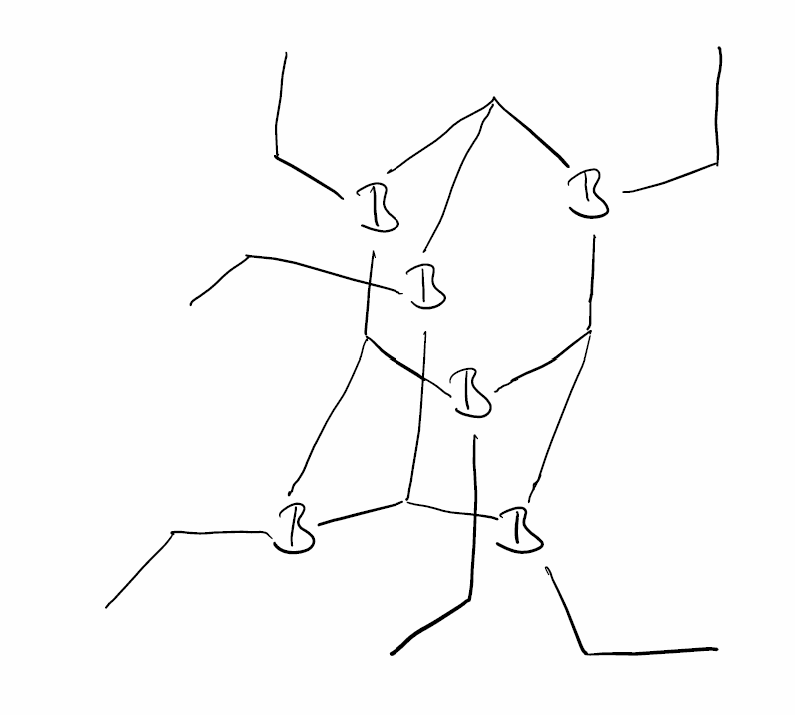
Simplified molecular-input line-entry system (SMILES) notation of the given molecule:
B1(C2B(C3B(C1B(C(B2CC)B3CC)CC)CC)CC)CC